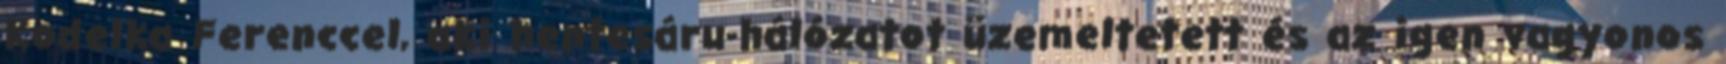
Kodelka Ferenccel, aki hentesáru-hálózatot üzemeltetett és az igen vagyonos